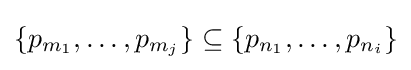
\{p_{m_{1}},\ldots ,p_{m_{j}}\}\subseteq \{p_{n_{1}},\ldots ,p_{n_{i}}\}